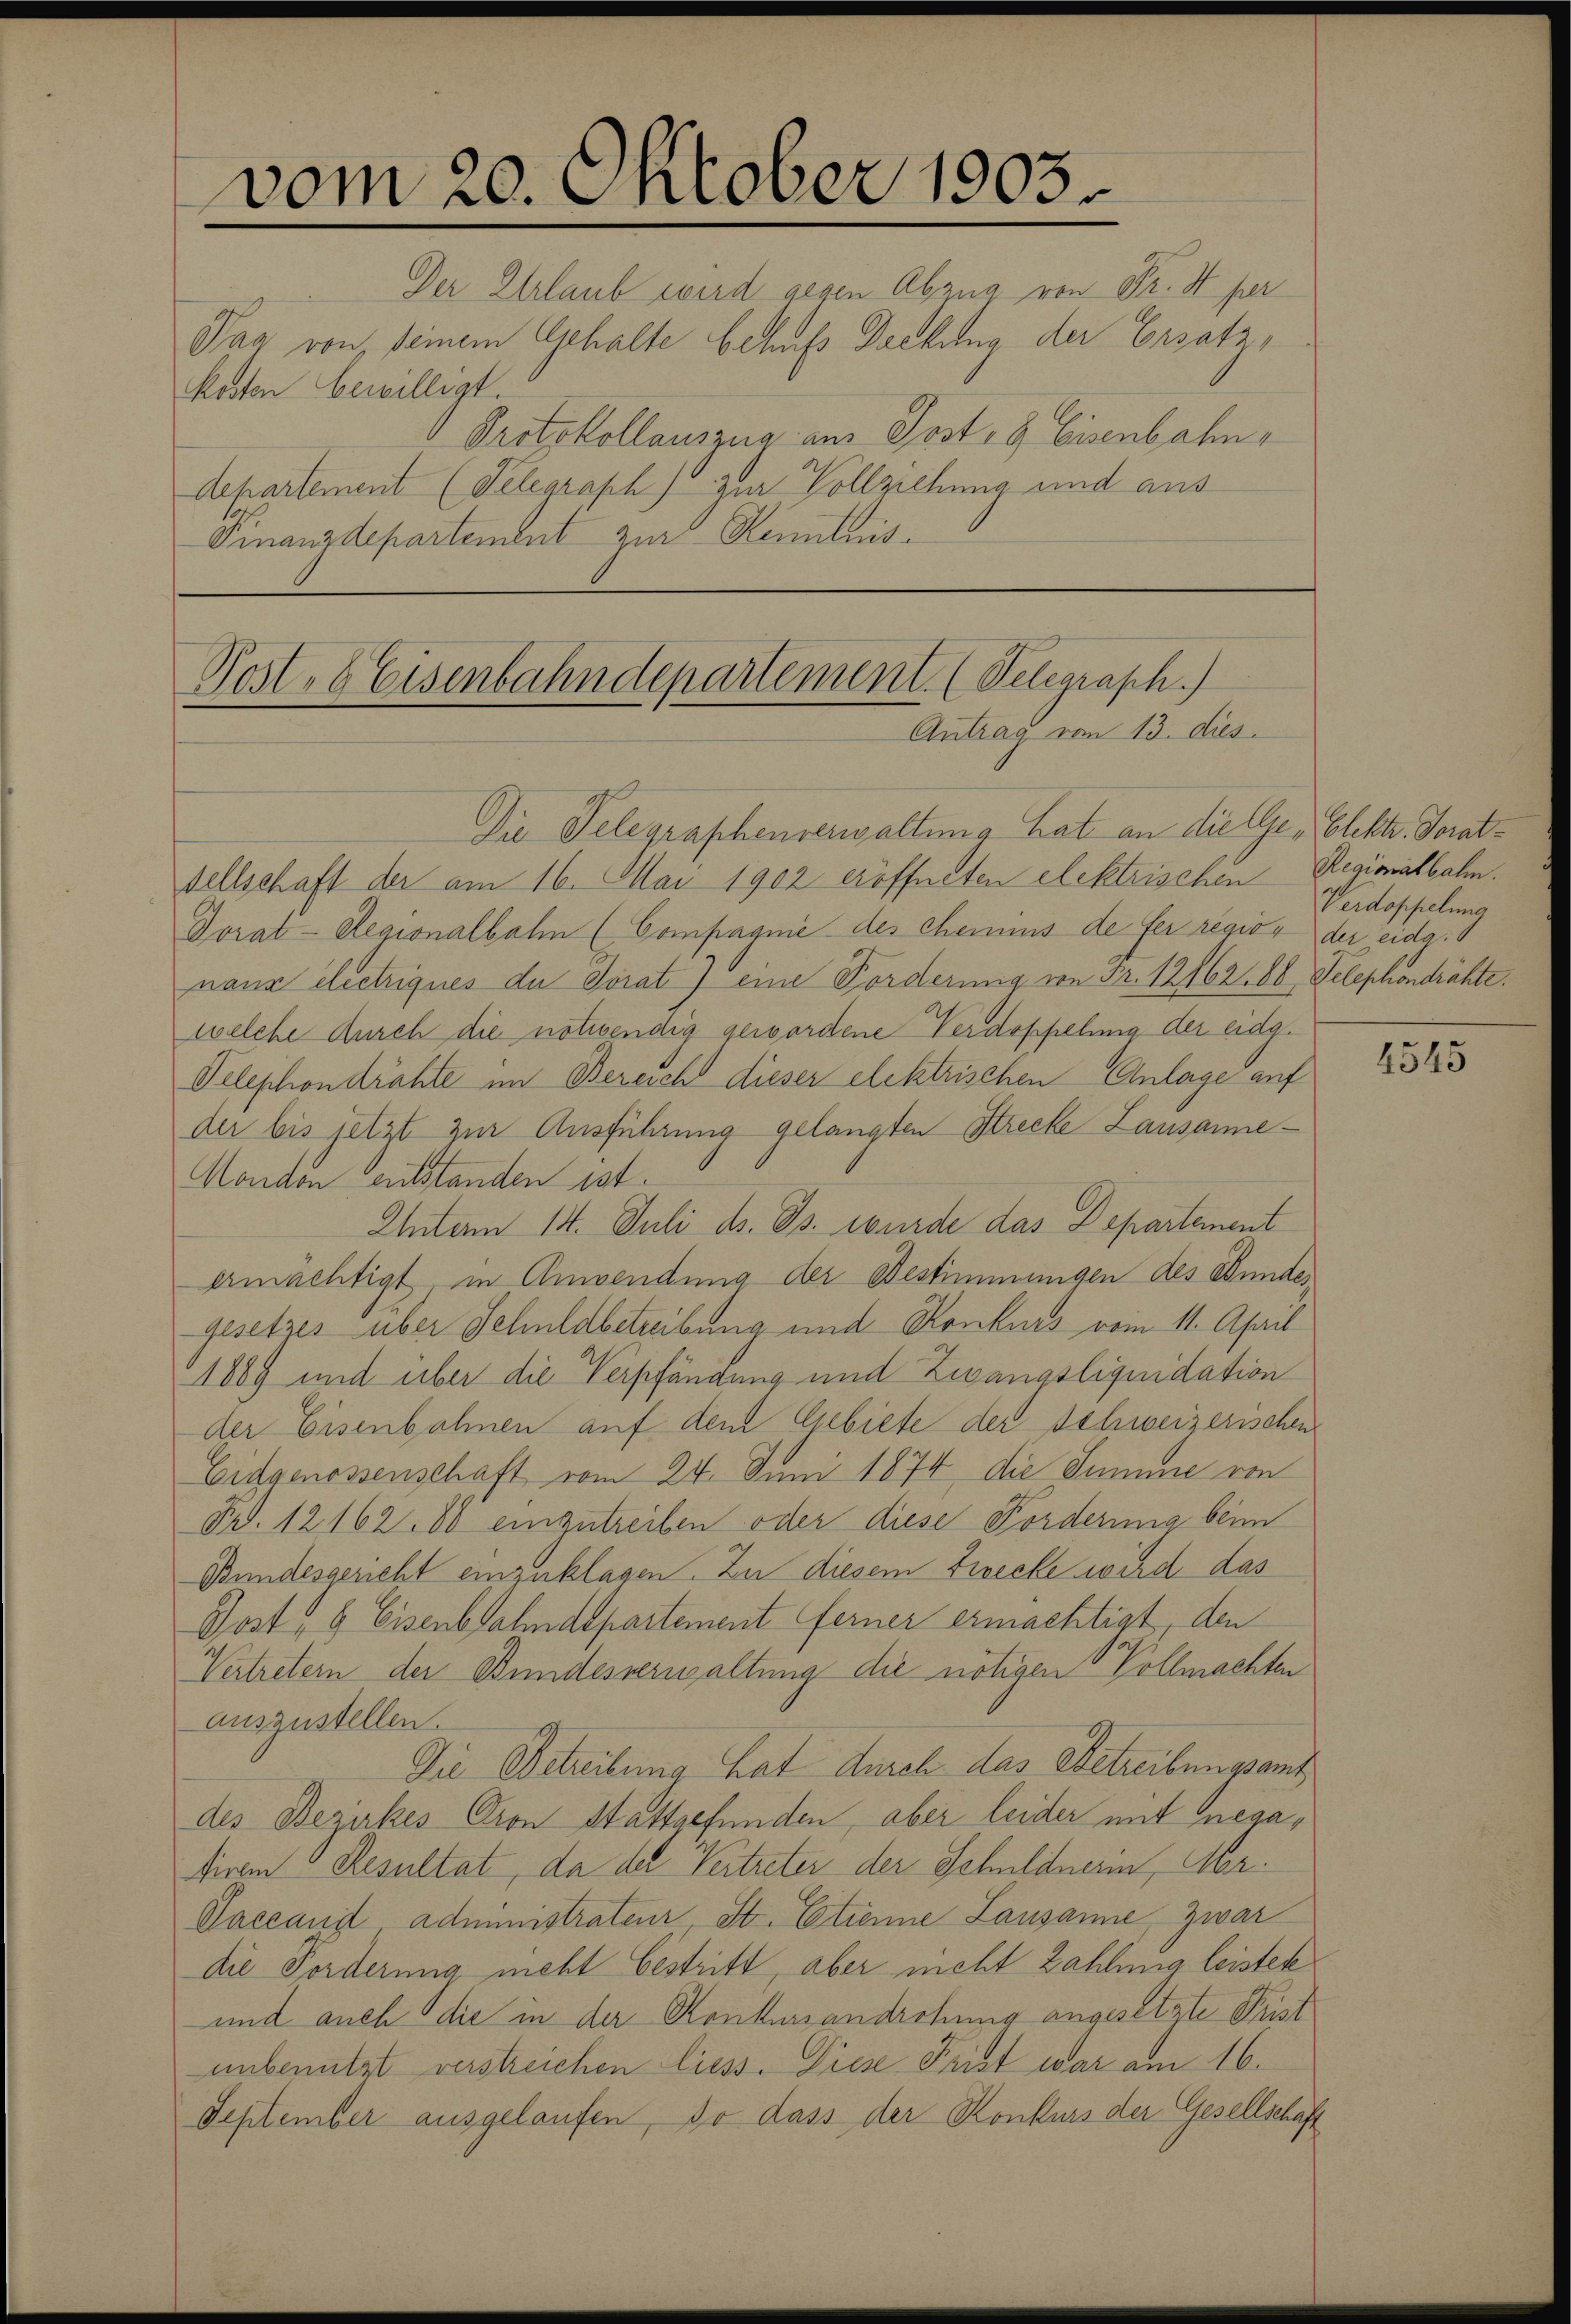
vom 20. Oktober 1903.
Der Erlaub wird gegen Abzug von Fr. Sper
Tag von seinem Gehalte behufs Deckung der Ersatz,
Kosten bewilligt.
Protokollauszug am Post- & Eisenbahn,
departement (Telegraph) zur Vollziehung und aus

Finanzdepartement zur Kenntnis¬

Post, 6 Eisenbahndepartement. (Telegraph.)
Antrag von 13. dies
Die Telegraphenverwaltung hat an die Ge- Elektr. Torat¬

sellschaft der am 16. Mai 1902 eröffneten elektrischen Regionalbahn.
Toral-Regionalbahn (Compagnie des Chemis de fer region der eidg.
nauz electriques de Torat) eine Forderinig von Fr. 12162. 68 Telephondrähte.
welche durch die notwendig gewordene Verdoppelung der eidg.
Velephondrähte im Bereicht dieser elektrischen Anlage auf
der bis jetzt zur Ausführung gelangten Strecke Lausanne¬
Mondon entstanden ist.
Unterm 14. Juli d. Js. wurde das Departement
ermächtigt in Anwendung der Bestimmungen des Bundes
gesetzes über Schuldbetreibung und Konkurs vom 11. April
1889 und über die Verpfändung und Zwangsliquidation
der Eisenbahnen auf dem Gebiete der Schweizerischen
Eidgenossenschaft vom 24. Juni 1874 die Summe von
Fr. 12162. 80 einzutreiben oder diese Forderung beim
Bundesgericht einzuklagen. Zu diesem Zwecke wird das
Post, 6 Eisenbahndepartement ferner ermächtigt, den
Vertretern der Bundesverwaltung die nötigen Vollmachten
auszustellen.
Die Betreibung hat durch das Getreibungsamt
des Bezirkes Pron Stattgefunden, aber leider mit negafirem Resultat, da der Vertreter der Schuldnerin, Ar¬
Vaccani administrateur St. Etienne Lausanne zwar
die Forderung nicht bestritt, aber nicht Zahlung leistete
und auch die in der Konkursandrohung angesetzte Frist
unbenutzt verstreichen liess. Diese Frist war am 16.
September ausgelaufen, so dass der Konkurs der Gesellschaft

Verdoppelung

2545